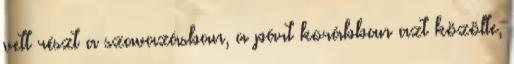
vett részt a szavazásban, a párt korábban azt közölte,